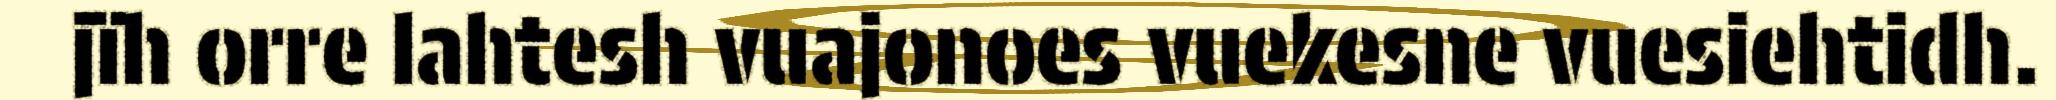
jïh orre lahtesh vuajonoes vuekesne vuesiehtidh.